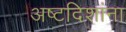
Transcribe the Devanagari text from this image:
अष्टदिशांना